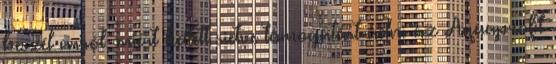
beszél arról, miért kellett sietve támogatást adni az Aquaprofit